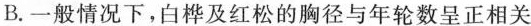
B.一般情况下，白桦及红松的胸径与年轮数呈正相关